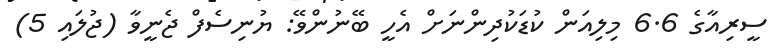
ސީރިއާގެ 6.6 މިލިއަން ކުޑަކުދިންނަށް އެހީ ބޭނުންވޭ: ޔުނިސެފް ޖެނީވާ (ޖުލައި 5)